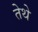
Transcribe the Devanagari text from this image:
तेेथे